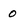
Character: 0